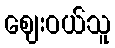
ဈေးဝယ်သူ